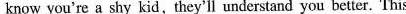
hide it. When they get to know you're a shy kid,they'll understand you better. This